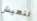
لنعيش